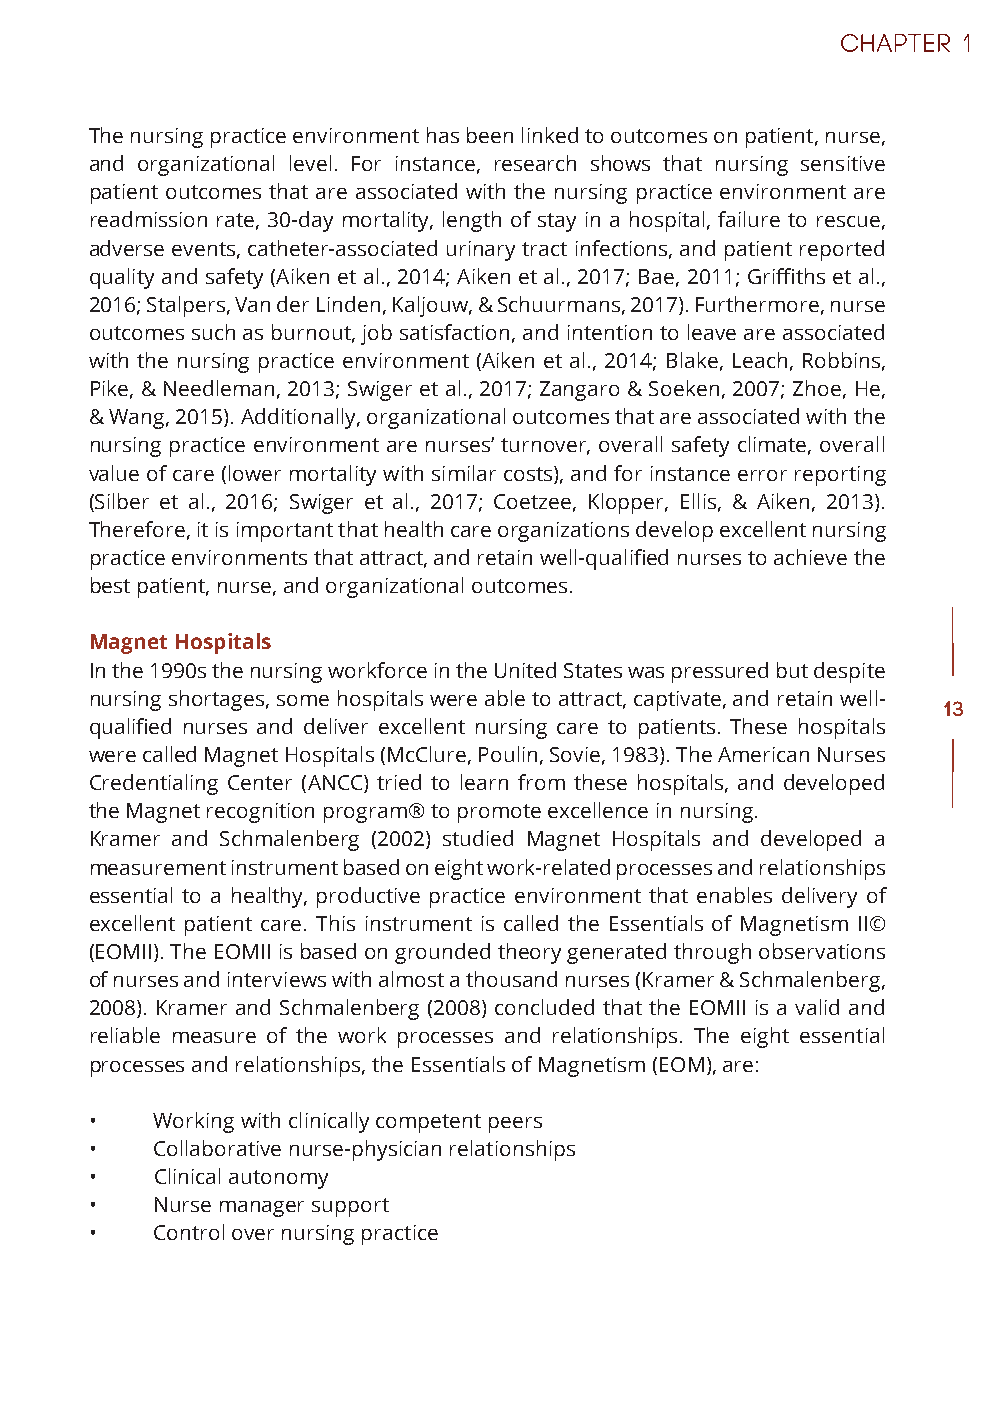
The nursing practice environment has been linked to outcomes on patient, nurse,
 and organizational level. For instance, research shows that nursing sensitive
 patient outcomes that are associated with the nursing practice environment are
 readmission rate, 30-day mortality, length of stay in a hospital, failure to rescue,
 adverse events, catheter-associated urinary tract infections, and patient reported
 quality and safety (Aiken et al., 2014; Aiken et al., 2017; Bae, 2011; Griffiths et al.,
 2016; Stalpers, Van der Linden, Kaljouw, & Schuurmans, 2017). Furthermore, nurse
 outcomes such as burnout, job satisfaction, and intention to leave are associated
 with the nursing practice environment (Aiken et al., 2014; Blake, Leach, Robbins,
 Pike, & Needleman, 2013; Swiger et al., 2017; Zangaro & Soeken, 2007; Zhoe, He,
 & Wang, 2015). Additionally, organizational outcomes that are associated with the
 nursing practice environment are nurses’ turnover, overall safety climate, overall
 value of care (lower mortality with similar costs), and for instance error reporting
 (Silber et al., 2016; Swiger et al., 2017; Coetzee, Klopper, Ellis, & Aiken, 2013).
 Therefore, it is important that health care organizations develop excellent nursing
 practice environments that attract, and retain well-qualified nurses to achieve the
 best patient, nurse, and organizational outcomes.
 Magnet Hospitals
 In the 1990s the nursing workforce in the United States was pressured but despite
 nursing shortages, some hospitals were able to attract, captivate, and retain well-
 13
 qualified nurses and deliver excellent nursing care to patients. These hospitals
 were called Magnet Hospitals (McClure, Poulin, Sovie, 1983). The American Nurses
 Credentialing Center (ANCC) tried to learn from these hospitals, and developed
 the Magnet recognition program® to promote excellence in nursing.
 Kramer and Schmalenberg (2002) studied Magnet Hospitals and developed a
 measurement instrument based on eight work-related processes and relationships
 essential to a healthy, productive practice environment that enables delivery of
 excellent patient care. This instrument is called the Essentials of Magnetism II©
 (EOMII). The EOMII is based on grounded theory generated through observations
 of nurses and interviews with almost a thousand nurses (Kramer & Schmalenberg,
 2008). Kramer and Schmalenberg (2008) concluded that the EOMII is a valid and
 reliable measure of the work processes and relationships. The eight essential
 processes and relationships, the Essentials of Magnetism (EOM), are:
 •   Working with clinically competent peers
 •   Collaborative nurse-physician relationships
 •   Clinical autonomy
 •   Nurse manager support
 •   Control over nursing practice